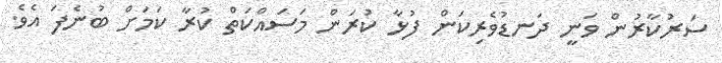
ސަރުކާރުން ވަނީ ދަނޑުވެރިކަން ފުޅާ ކުރަން މަސައްކަތް ކުރާ ކަމަށް ބުނެފަ އެވެ.